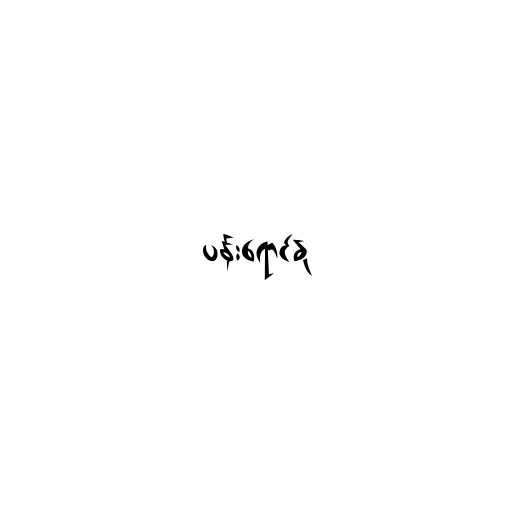
ပန်းရောင်နု